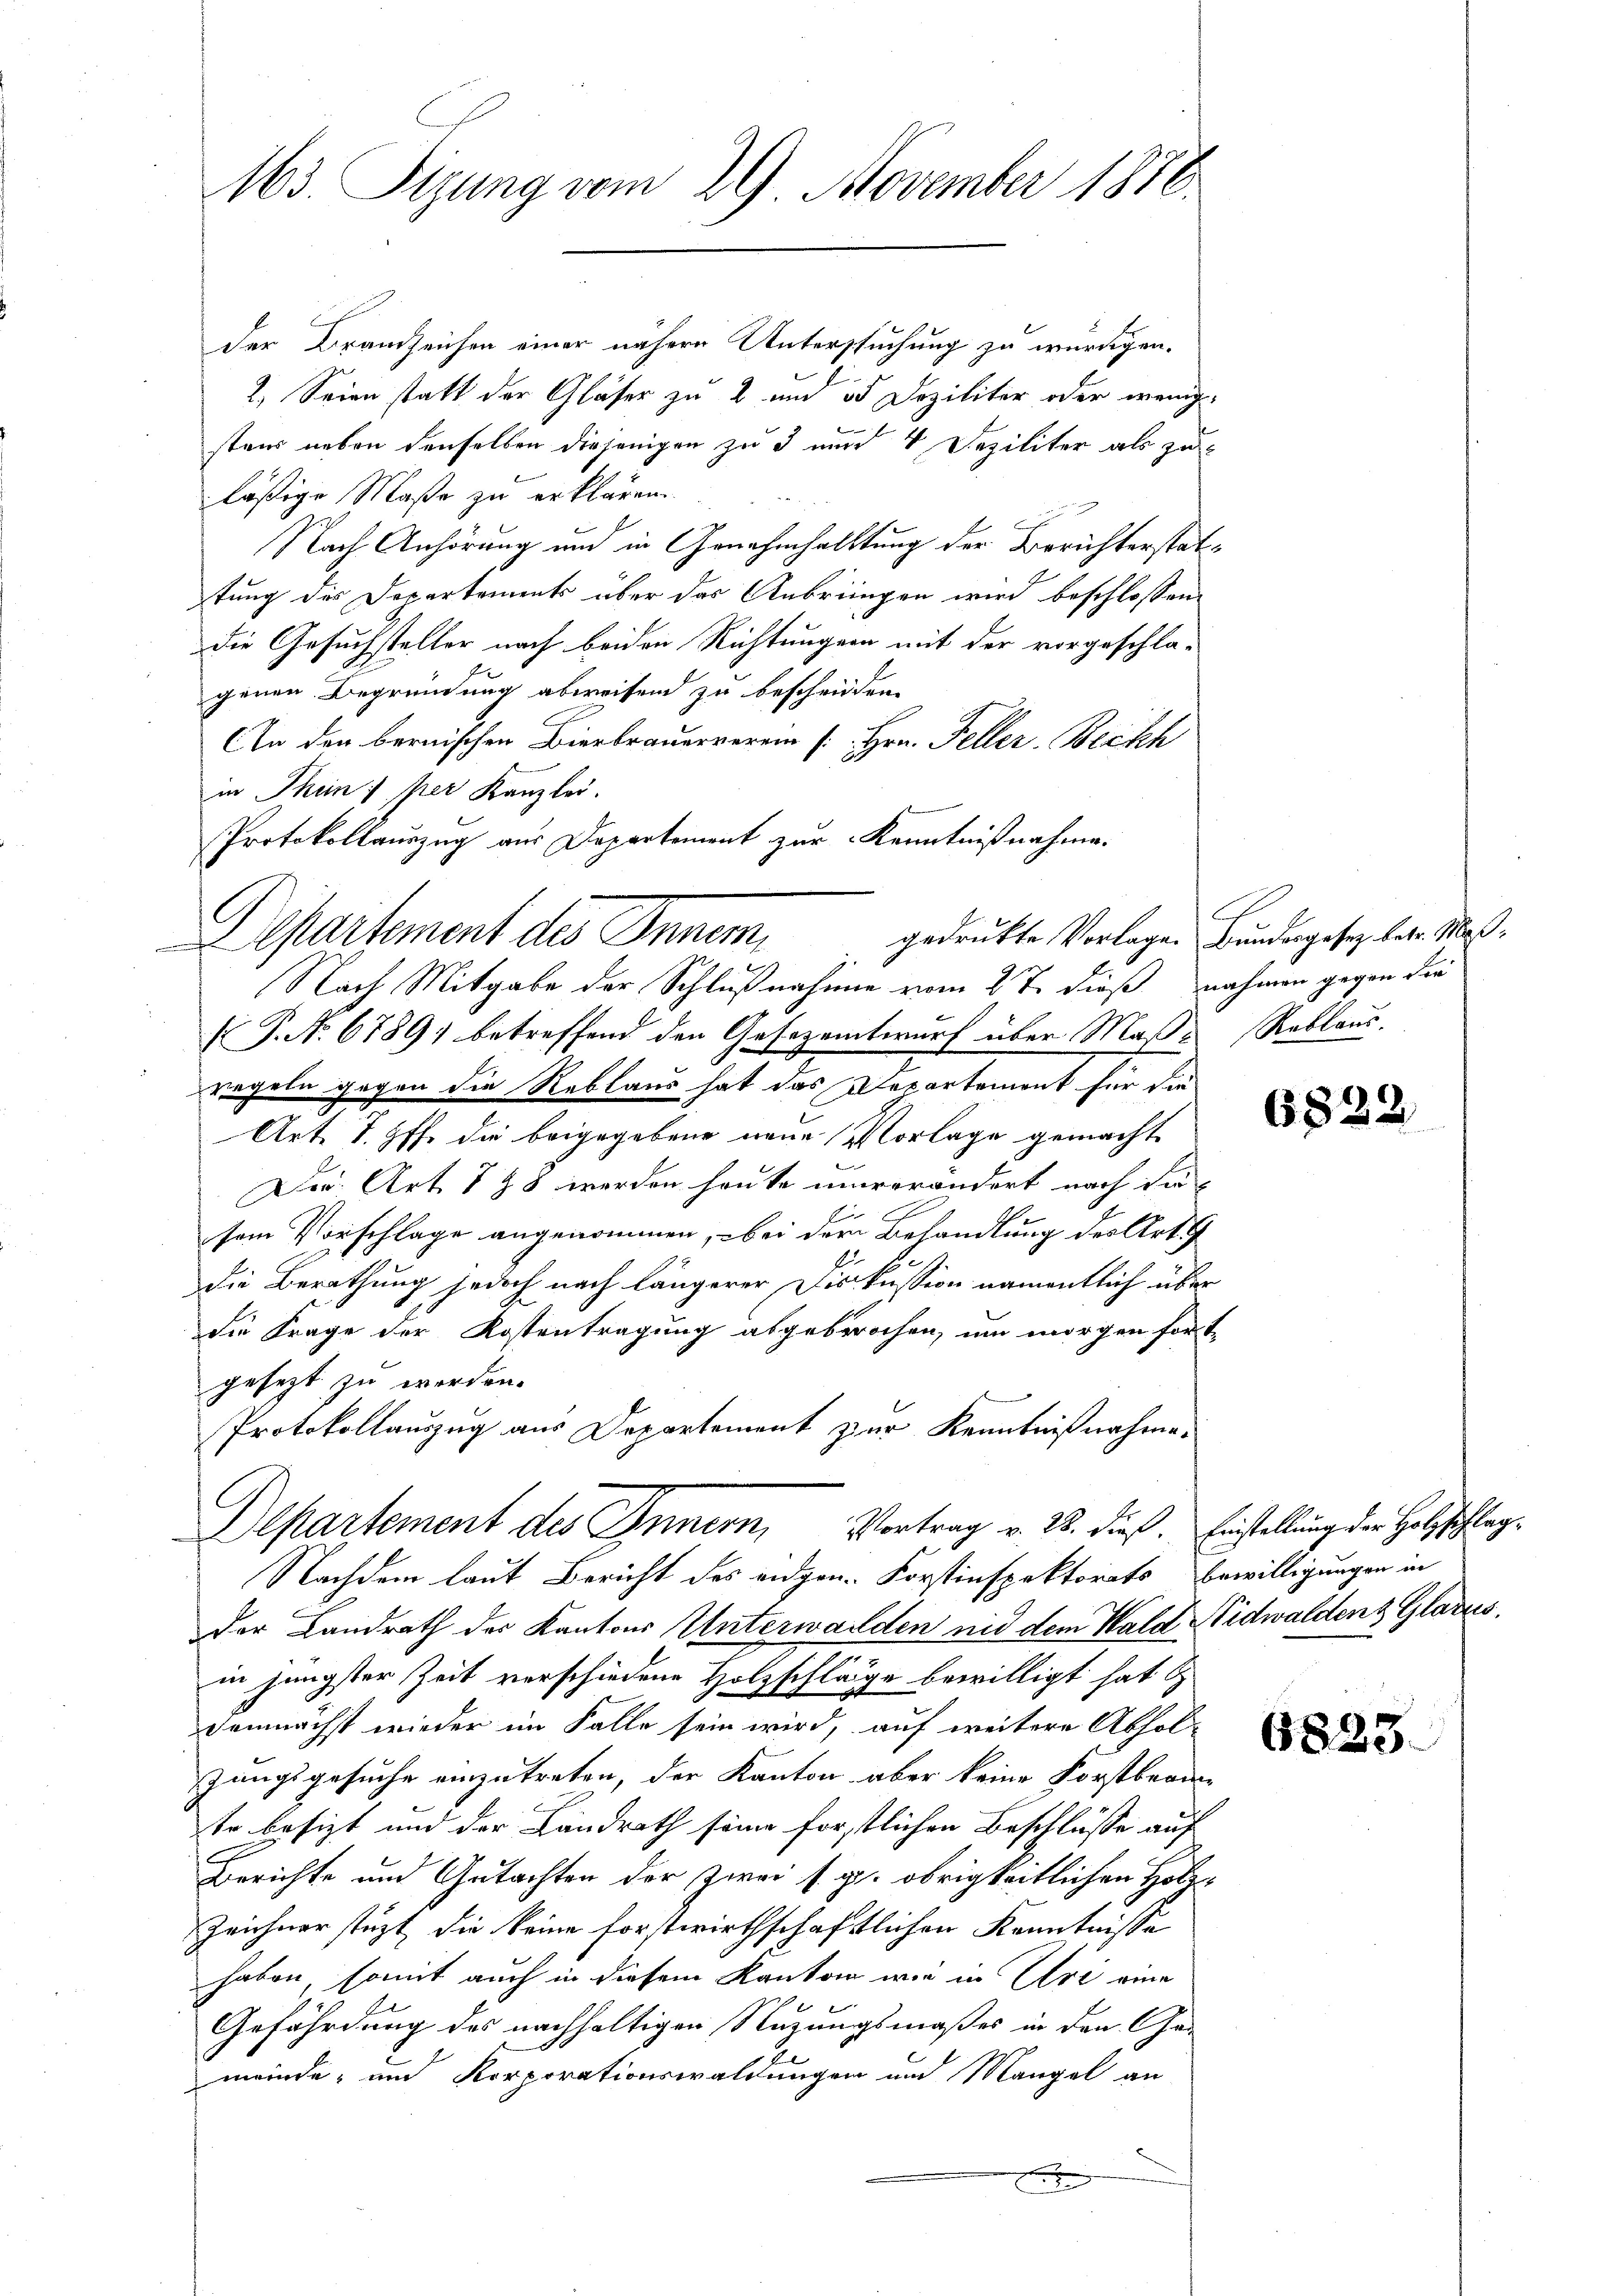
163. Sizung vom 29. November 1876.

der Brandzeichen einer nähere Untersuchung zu würdigen.
2. Seien statt der Gläser zu 2 und ob Deziliter oder wenig-
stens neben denselben diejenigen zu 3 und 4 Deziliter als zuläßige Maße zu erklären.
Nach Anhörung und in Genahmhaltung der Berichterstattung des Departements über das Anbringen wird beschlossen:
die Gesuchsteller nach beiden Richtungen mit der vorgeschlagenen Begründung abweisend zu bescheiden.
An den bernischen Bierbrauerverein [Hrn. Feller. Beckh
in Thun per Kanzlei.
Protokollauszug aus Departement zur Kenntnißnahme.
Departement des Innen,
Nach Mitgabe der Schlußnahme vom 2 t. dieß nahmen gegen die
(P. No. 6789) betreffend den Gesezentwurf über Maß-Roblaus
regeln gegen die Reblaus hat das Departement für die
Art. 7. Hff. die beigegebene neue Vorlage gemacht
Der Art. 778 werden heute unverändert nach die
F
sem Vorschlage angenommen, bei der Behandlung des Art.
die Berathung jedoch nach längerer Diskussion namentlich über
die Frage der Kostentragung abgebrochen, um morgen fort-
gesezt zu werden.
Protokollauszug aus Departement zur Kenntnißnahme.
Departement des Innern, Vortrag v. 28. dieß. Einstellung der Holzschlag¬
Nachdem laut Bericht des eidgen. Forstinspektorats Bewilligungen in
der Landrath der Kantons Unterwalden und dem Wald Nidwaldens Glarus,
in jüngster Zeit verschiedene Holzschläge bewilligt hat s
demnächst wieder im Falle sein wird, auf weitere Abholzungsgesuche einzutreten, der Kanton aber keine Forstbeam-
tr besizt und der Landrath seine forstlichen Beschlüsse auf
C
Berichte und Gutachten der zwei s. gl. obrigkeitlichen Holz¬
Zeichnerstüzt, die keine forstwirthschaftlichen Kenntnisse
haben, somit auch in diesem Kanton wie in Uri eine
Gefährdung des nachhaltigen Stuzungsmaßes in den Gemeinde- und Korporationswaldungen und Mangel an
e

C
gedrukte Vorlage. Bundesgesez betr. Maß¬

6822

6825.